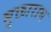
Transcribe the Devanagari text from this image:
मुक्ताराम